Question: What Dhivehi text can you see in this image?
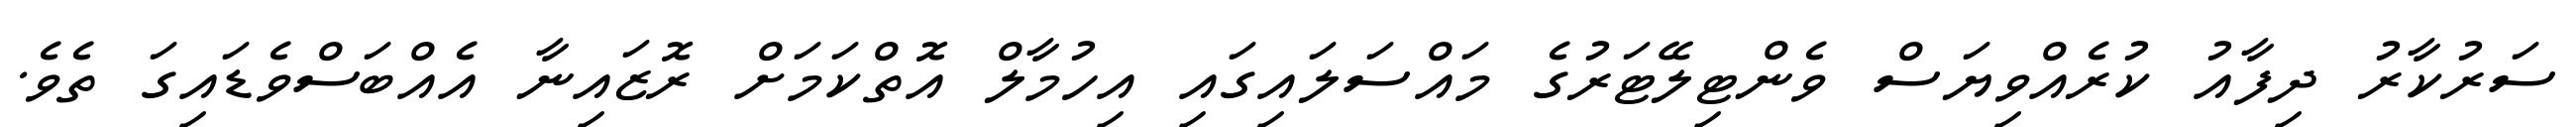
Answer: ސަރުކާރު ދިފާއު ކުރެއްވިޔަސް ވެންޓިލޭޓަރުގެ މައްސަލައިގައި އިހުމާލް އޮތްކަމަށް ރޮޒައިނާ އެއްބަސްވެޑައިގަ ތެވެ.